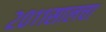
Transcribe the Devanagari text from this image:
२०११सालचा